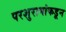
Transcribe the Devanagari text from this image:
परशुरामांकडून